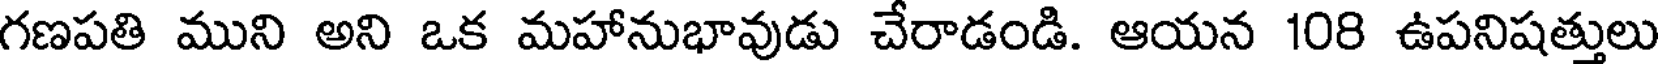
గణపతి ముని అని ఒక మహానుభావుడు చేరాడండి. ఆయన 108 ఉపనిషత్తులు